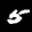
Label: 5